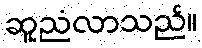
ဆူညံလာသည်။